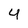
Character: 4